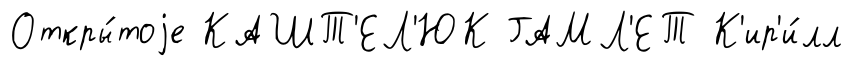
Откры́тоjе КАШТ'ЕЛ'ЮК ГАМЛ'ЕТ К'ир'и́лл